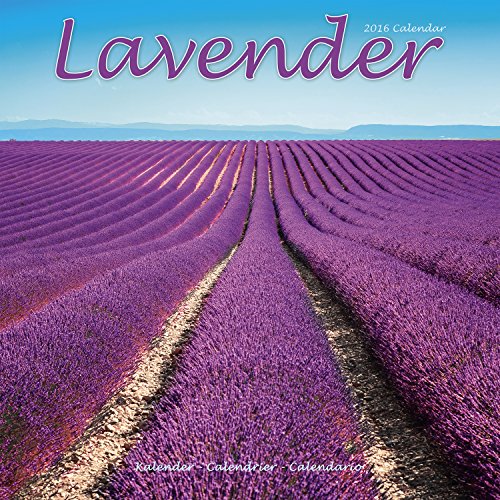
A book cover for Lavender Calendar - 2016 Wall calendars - Garden Calendars - Flower Calendar - Monthly Wall Calendar by Avonside; MegaCalendars; Calendars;